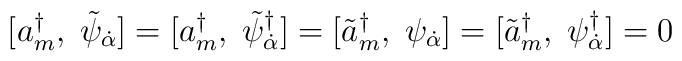
[a^{\dagger}_{m},\;\tilde{\psi}_{\dot \alpha}] = [a^{\dagger}_{m},\;\tilde{\psi}^{\dagger}_{\dot \alpha}] = [\tilde{a}^{\dagger}_{m},\;\psi_{\dot \alpha}] = [\tilde{a}^{\dagger}_{m},\;\psi^{\dagger}_{\dot \alpha}] = 0